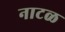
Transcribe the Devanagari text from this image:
नाटळ